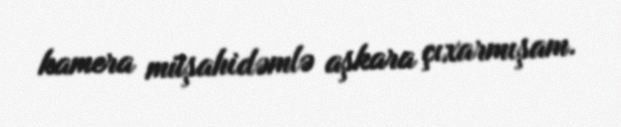
kamera müşahidəmlə aşkara çıxarmışam.